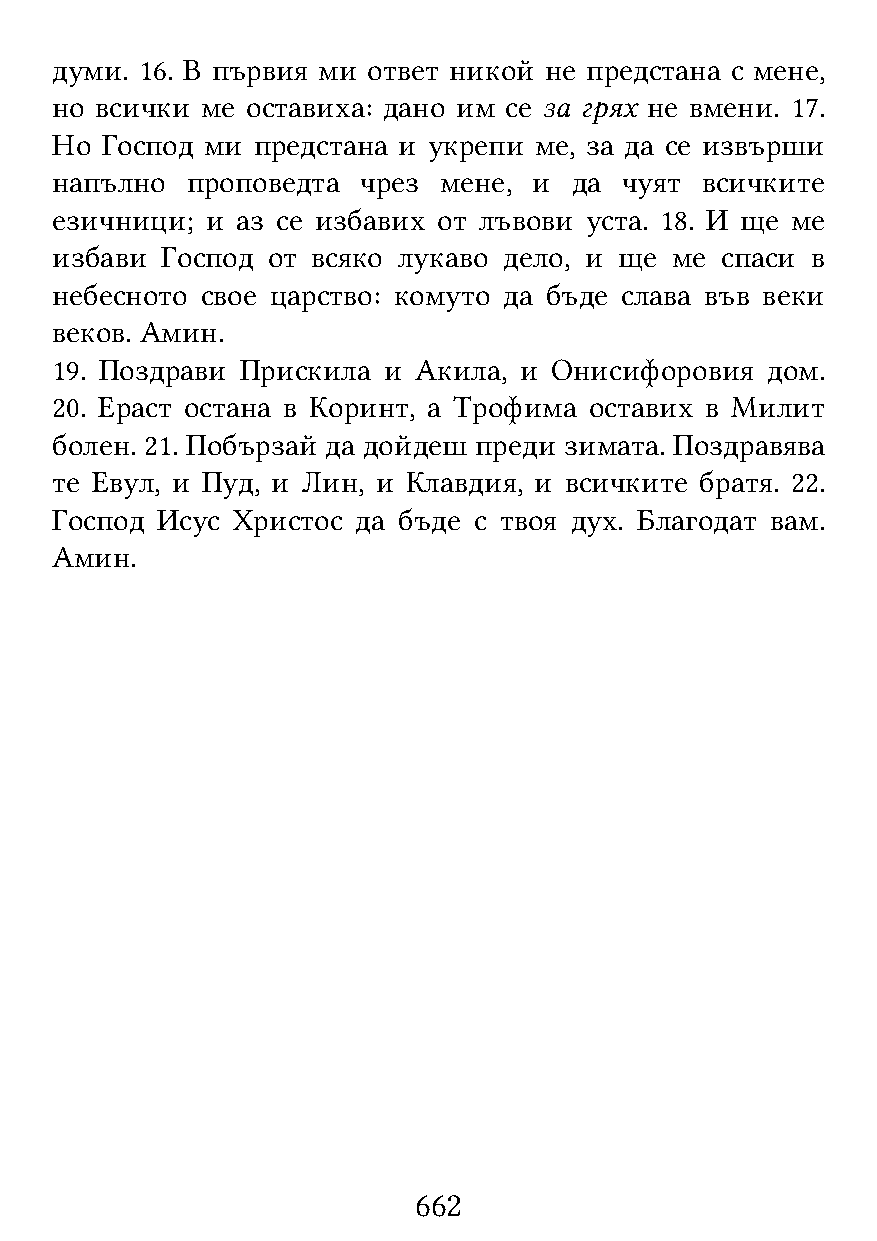
думи. 16. В първия ми ответ никой не предстана с мене,
 но всички ме оставиха: дано им се за грях не вмени. 17.
 Но  Господ ми предстана и укрепи ме, за да се извърши
 напълно  проповедта  чрез мене, и  да чуят всичките
 езичници;  и аз се избавих от лъвови уста. 18. И ще ме
 избави  Господ от всяко лукаво дело, и ще ме спаси в
 небесното свое царство: комуто да бъде слава във веки
 веков. Амин.
 19. Поздрави Прискила и Акила, и  Онисифоровия  дом.
 20. Ераст остана в Коринт, а Трофима оставих в Милит
 болен. 21. Побързай да дойдеш преди зимата. Поздравява
 те Евул, и Пуд, и Лин, и Клавдия, и всичките братя. 22.
 Господ Исус Христос  да бъде с твоя дух. Благодат вам.
 Амин.
 662